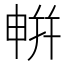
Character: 𭦘